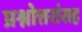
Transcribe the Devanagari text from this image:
प्रश्नोत्तरांसह